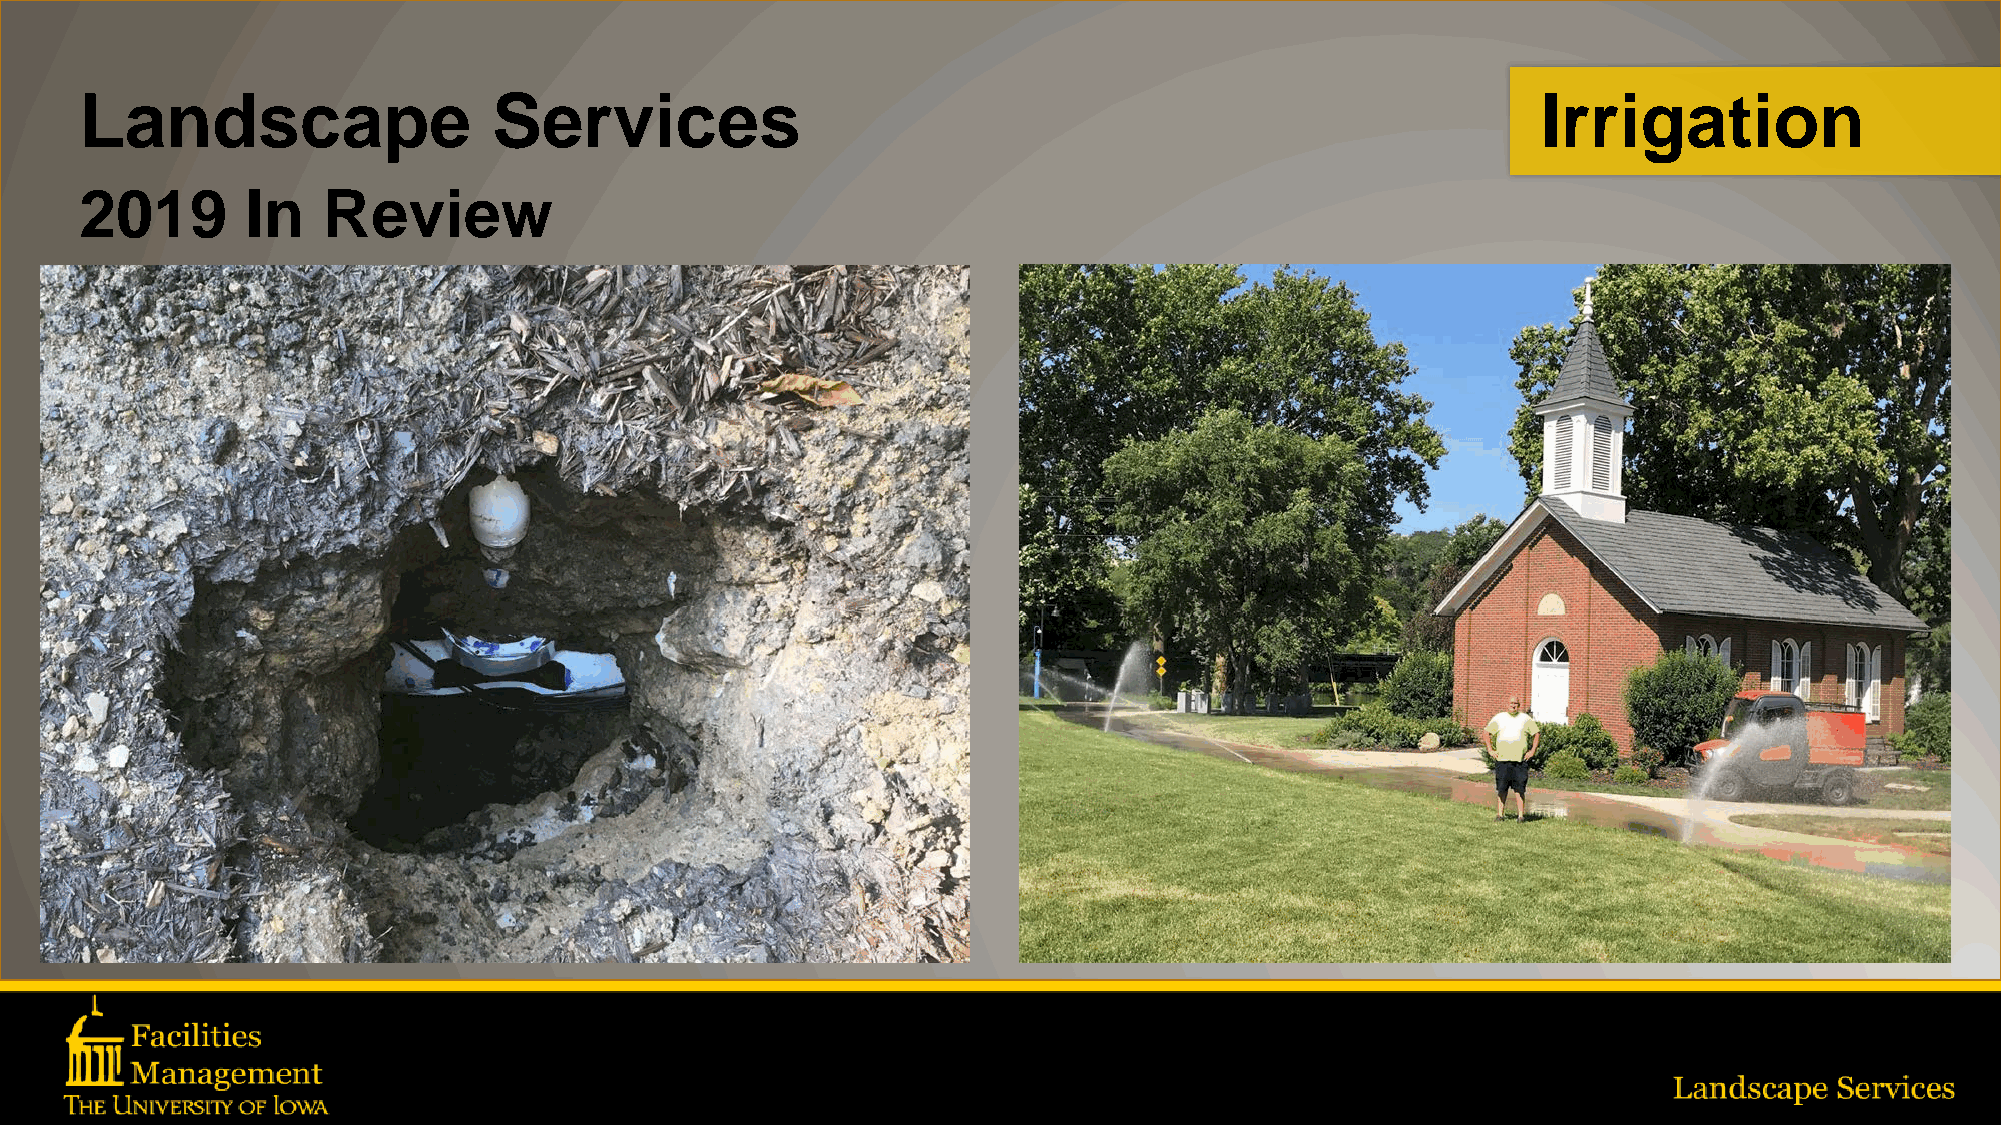
Landscape                   Services                                                             Irrigation
 2019       In   Review